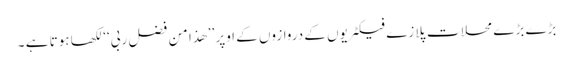
بڑے بڑے محلات پلازے فیکٹریوں کے دروازوں کے اوپر ’’ھذا من فضل ربی‘‘لکھا ہوتا ہے ۔